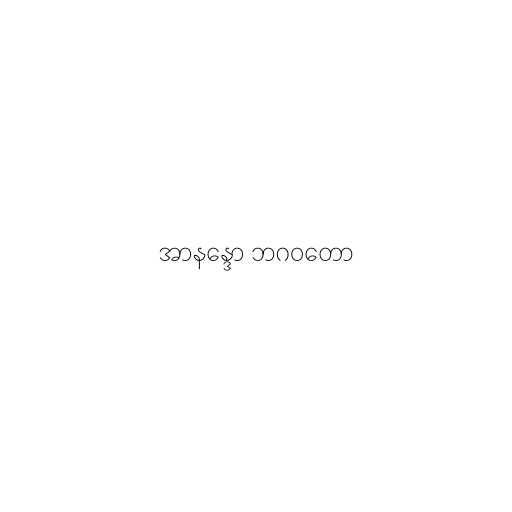
အာနန္ဒော ဘဂဝတော